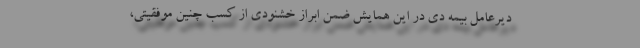
دیرعامل بیمه دی در این همایش ضمن ابراز خشنودی از کسب چنین موفقیتی،